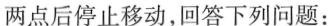
两点后停止移动，回答下列问题：